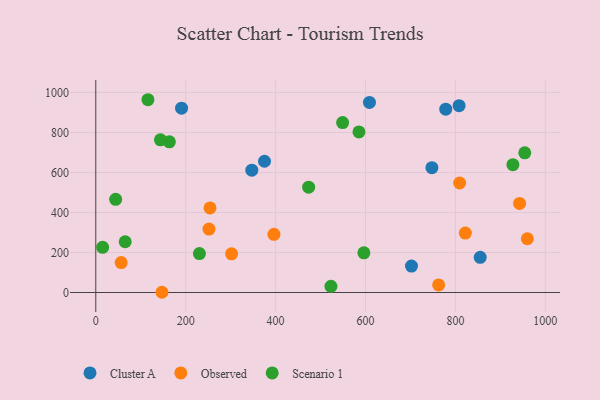
{"axis": {"x": "Experience", "y": "Demand"}, "legend": ["Cluster A", "Observed", "Scenario 1"], "data": [{"x": "375.3", "y": 656.2, "type": "Cluster A"}, {"x": "190.8", "y": 921.3, "type": "Cluster A"}, {"x": "855.2", "y": 176.0, "type": "Cluster A"}, {"x": "702.3", "y": 132.3, "type": "Cluster A"}, {"x": "347.1", "y": 611.5, "type": "Cluster A"}, {"x": "778.5", "y": 916.6, "type": "Cluster A"}, {"x": "747.7", "y": 624.2, "type": "Cluster A"}, {"x": "608.8", "y": 950.4, "type": "Cluster A"}, {"x": "808.2", "y": 933.8, "type": "Cluster A"}, {"x": "942.8", "y": 445.4, "type": "Observed"}, {"x": "960.1", "y": 268.6, "type": "Observed"}, {"x": "56.4", "y": 149.4, "type": "Observed"}, {"x": "822.1", "y": 297.3, "type": "Observed"}, {"x": "762.7", "y": 37.8, "type": "Observed"}, {"x": "147.2", "y": 1.1, "type": "Observed"}, {"x": "809.4", "y": 547.5, "type": "Observed"}, {"x": "254.1", "y": 422.7, "type": "Observed"}, {"x": "251.8", "y": 317.1, "type": "Observed"}, {"x": "302.1", "y": 193.2, "type": "Observed"}, {"x": "396.3", "y": 290.9, "type": "Observed"}, {"x": "143.8", "y": 763.4, "type": "Scenario 1"}, {"x": "954.3", "y": 698.3, "type": "Scenario 1"}, {"x": "44.2", "y": 465.7, "type": "Scenario 1"}, {"x": "549.1", "y": 849.5, "type": "Scenario 1"}, {"x": "523.1", "y": 30.7, "type": "Scenario 1"}, {"x": "473.5", "y": 526.4, "type": "Scenario 1"}, {"x": "927.9", "y": 639.2, "type": "Scenario 1"}, {"x": "585.4", "y": 802.8, "type": "Scenario 1"}, {"x": "15.2", "y": 225.8, "type": "Scenario 1"}, {"x": "65.4", "y": 253.8, "type": "Scenario 1"}, {"x": "230.5", "y": 194.7, "type": "Scenario 1"}, {"x": "163.7", "y": 753.1, "type": "Scenario 1"}, {"x": "116.0", "y": 963.7, "type": "Scenario 1"}, {"x": "596.4", "y": 198.1, "type": "Scenario 1"}]}